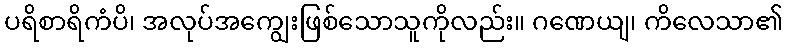
ပရိစာရိကံပိ၊ အလုပ်အကျွေးဖြစ်သောသူကိုလည်း။ ဂဏေယျ၊ ကိလေသာ၏